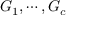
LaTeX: G _ { 1 } , \cdots , G _ { c }